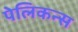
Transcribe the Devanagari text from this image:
पेलिकन्स